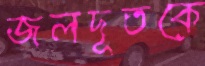
জলদূতকে